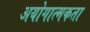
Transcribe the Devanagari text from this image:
अयोगात्मकता